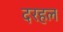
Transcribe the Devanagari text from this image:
दरहल